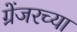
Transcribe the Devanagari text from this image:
ग्रेंजरच्या